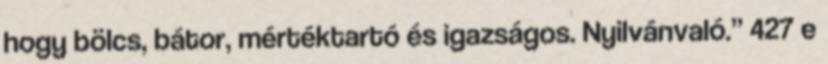
hogy bölcs, bátor, mértéktartó és igazságos. Nyilvánvaló.” 427 e